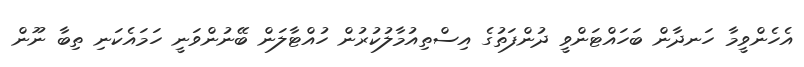
އެހެންވީމާ ހަނދާން ބަހައްޓަންވީ ދުންފަތުގެ އިސްތިއުމާލުކުރުން ހުއްޓާލަން ބޭނުންވަނީ ހަމައެކަނި ތިބާ ނޫން